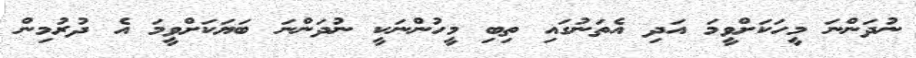
ނުދަންނަ މީހަކަށްވީމަ އަދި އެތަނުގައި ތިބި މީހުންނަކީ ނުދަންނަ ބަޔަކަށްވީމަ އެ ދުރުމިން